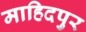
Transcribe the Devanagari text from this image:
माहिदपुर